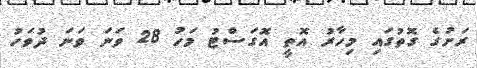
ރަށުގެ ގޮތުގައި މިހާރު އޮތީ އޮގަސްޓު މަހު 28 ވަނަ ވަނަ ދުވަހު